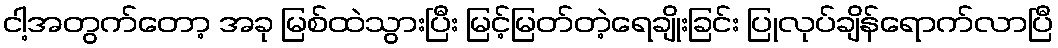
ငါ့အတွက်တော့ အခု မြစ်ထဲသွားပြီး မြင့်မြတ်တဲ့ရေချိုးခြင်း ပြုလုပ်ချိန်ရောက်လာပြီ